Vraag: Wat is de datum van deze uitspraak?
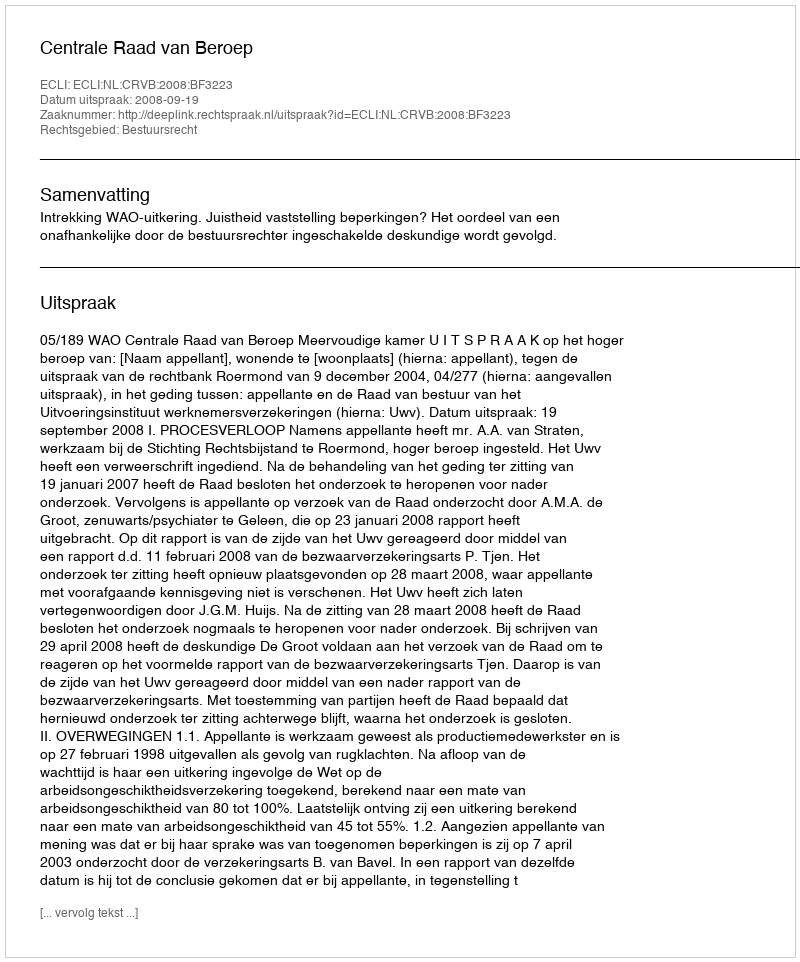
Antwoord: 2008-09-19